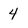
Character: 4